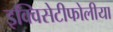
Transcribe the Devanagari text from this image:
इक्विसेटीफोलीया